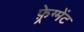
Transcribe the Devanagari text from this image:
फ़्रेग्मेंट